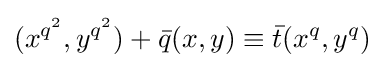
(x^{q^{2}},y^{q^{2}})+{\bar {q}}(x,y)\equiv {\bar {t}}(x^{q},y^{q})